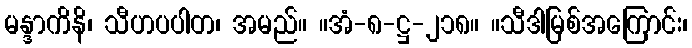
မန္ဒာကိနိ၊ သီဟပပါတ၊ အမည်။ ။အံ-၈-ဋ္ဌ-၂၁၈။ ။သီဒါမြစ်အကြောင်း၊